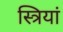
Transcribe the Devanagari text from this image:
स्‍त्रियां